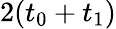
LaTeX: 2(t_{0}+t_{1})